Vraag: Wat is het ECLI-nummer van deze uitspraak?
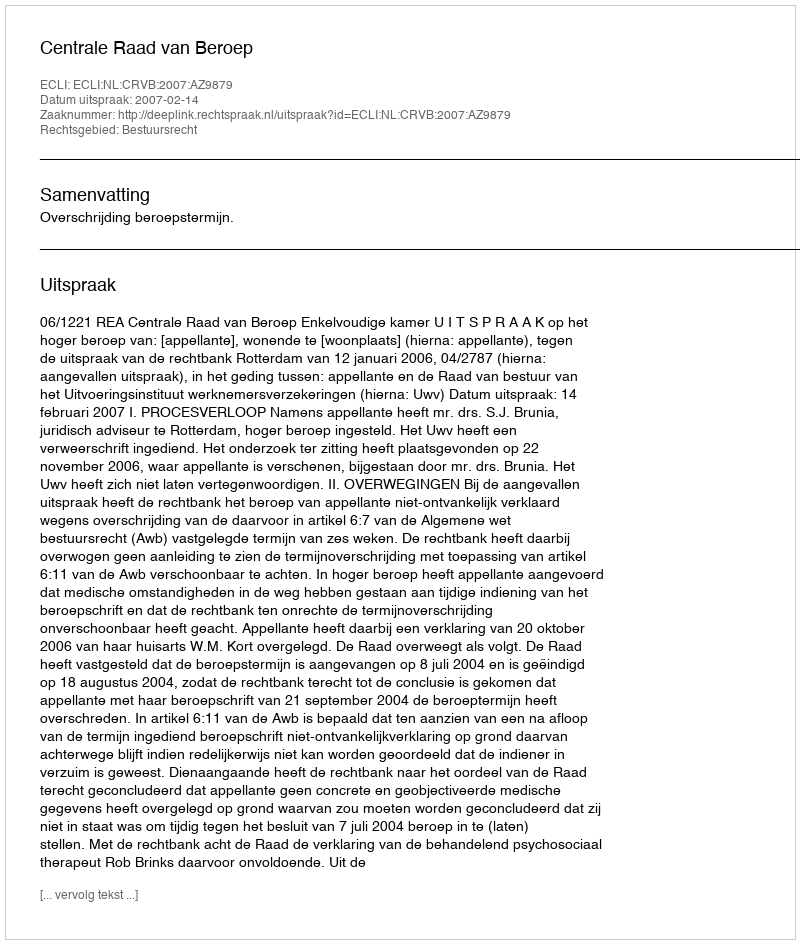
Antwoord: ECLI:NL:CRVB:2007:AZ9879